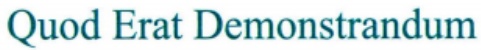
Quod Erat Demonstrandum